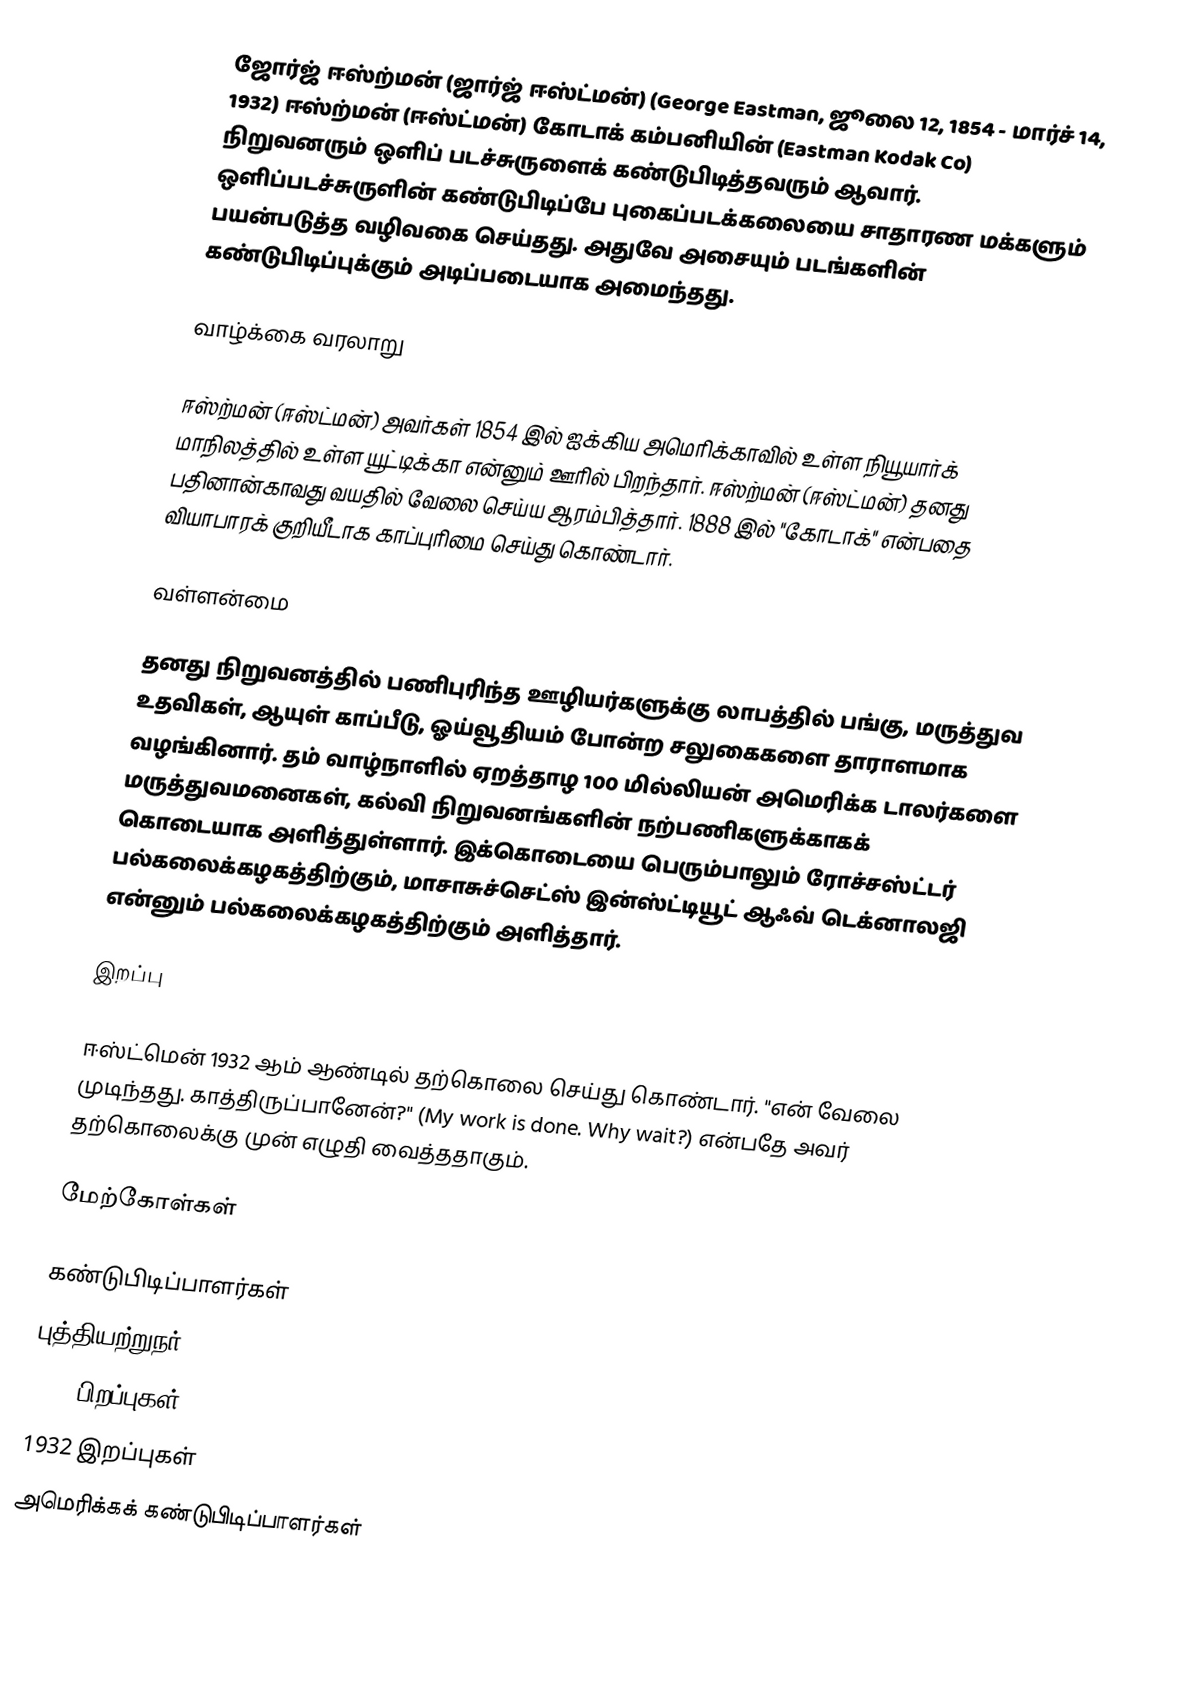
ஜோர்ஜ் ஈஸ்ற்மன் (ஜார்ஜ் ஈஸ்ட்மன்) (George Eastman, ஜூலை 12, 1854 - மார்ச் 14, 1932) ஈஸ்ற்மன் (ஈஸ்ட்மன்) கோடாக் கம்பனியின் (Eastman Kodak Co) நிறுவனரும் ஒளிப் படச்சுருளைக் கண்டுபிடித்தவரும் ஆவார். ஒளிப்படச்சுருளின் கண்டுபிடிப்பே புகைப்படக்கலையை சாதாரண மக்களும் பயன்படுத்த வழிவகை செய்தது. அதுவே அசையும் படங்களின் கண்டுபிடிப்புக்கும் அடிப்படையாக அமைந்தது.

வாழ்க்கை வரலாறு

ஈஸ்ற்மன் (ஈஸ்ட்மன்) அவர்கள் 1854 இல் ஐக்கிய அமெரிக்காவில் உள்ள நியூயார்க் மாநிலத்தில் உள்ள யூட்டிக்கா என்னும் ஊரில் பிறந்தார். ஈஸ்ற்மன் (ஈஸ்ட்மன்) தனது பதினான்காவது வயதில் வேலை செய்ய ஆரம்பித்தார். 1888 இல் "கோடாக்" என்பதை வியாபாரக் குறியீடாக காப்புரிமை செய்து கொண்டார்.

வள்ளன்மை

தனது நிறுவனத்தில் பணிபுரிந்த ஊழியர்களுக்கு லாபத்தில் பங்கு, மருத்துவ உதவிகள், ஆயுள் காப்பீடு, ஓய்வூதியம் போன்ற சலுகைகளை தாராளமாக வழங்கினார். தம் வாழ்நாளில் ஏறத்தாழ 100 மில்லியன் அமெரிக்க டாலர்களை மருத்துவமனைகள், கல்வி நிறுவனங்களின் நற்பணிகளுக்காகக் கொடையாக அளித்துள்ளார். இக்கொடையை பெரும்பாலும் ரோச்சஸ்ட்டர் பல்கலைக்கழகத்திற்கும், மாசாசுச்செட்ஸ் இன்ஸ்ட்டியூட் ஆஃவ் டெக்னாலஜி என்னும் பல்கலைக்கழகத்திற்கும் அளித்தார்.

இறப்பு

ஈஸ்ட்மென் 1932 ஆம் ஆண்டில் தற்கொலை செய்து கொண்டார்.  "என் வேலை முடிந்தது. காத்திருப்பானேன்?" (My work is done. Why wait?) என்பதே அவர் தற்கொலைக்கு முன் எழுதி வைத்ததாகும்.

மேற்கோள்கள்

கண்டுபிடிப்பாளர்கள்
புத்தியற்றுநர்
1854 பிறப்புகள்
1932 இறப்புகள்
அமெரிக்கக் கண்டுபிடிப்பாளர்கள்